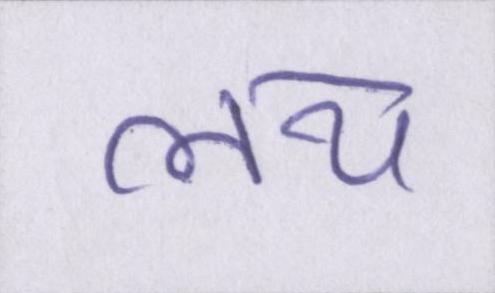
लय